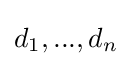
d_{1},...,d_{n}